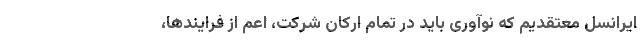
ایرانسل معتقدیم که نوآوری باید در تمام ارکان شرکت، اعم از فرایندها،